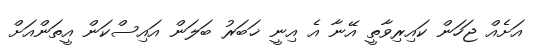
އަށެއް ޖަހަން ކައިރިވާތީ އޭނާ އެ އިނީ ޚަބަރު ބަލަން އައިސްކަން އީތަންއަށް